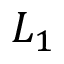
L _ { 1 }